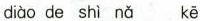
diào de shì nǎ kē